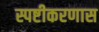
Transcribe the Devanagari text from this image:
स्पष्टीकरणास